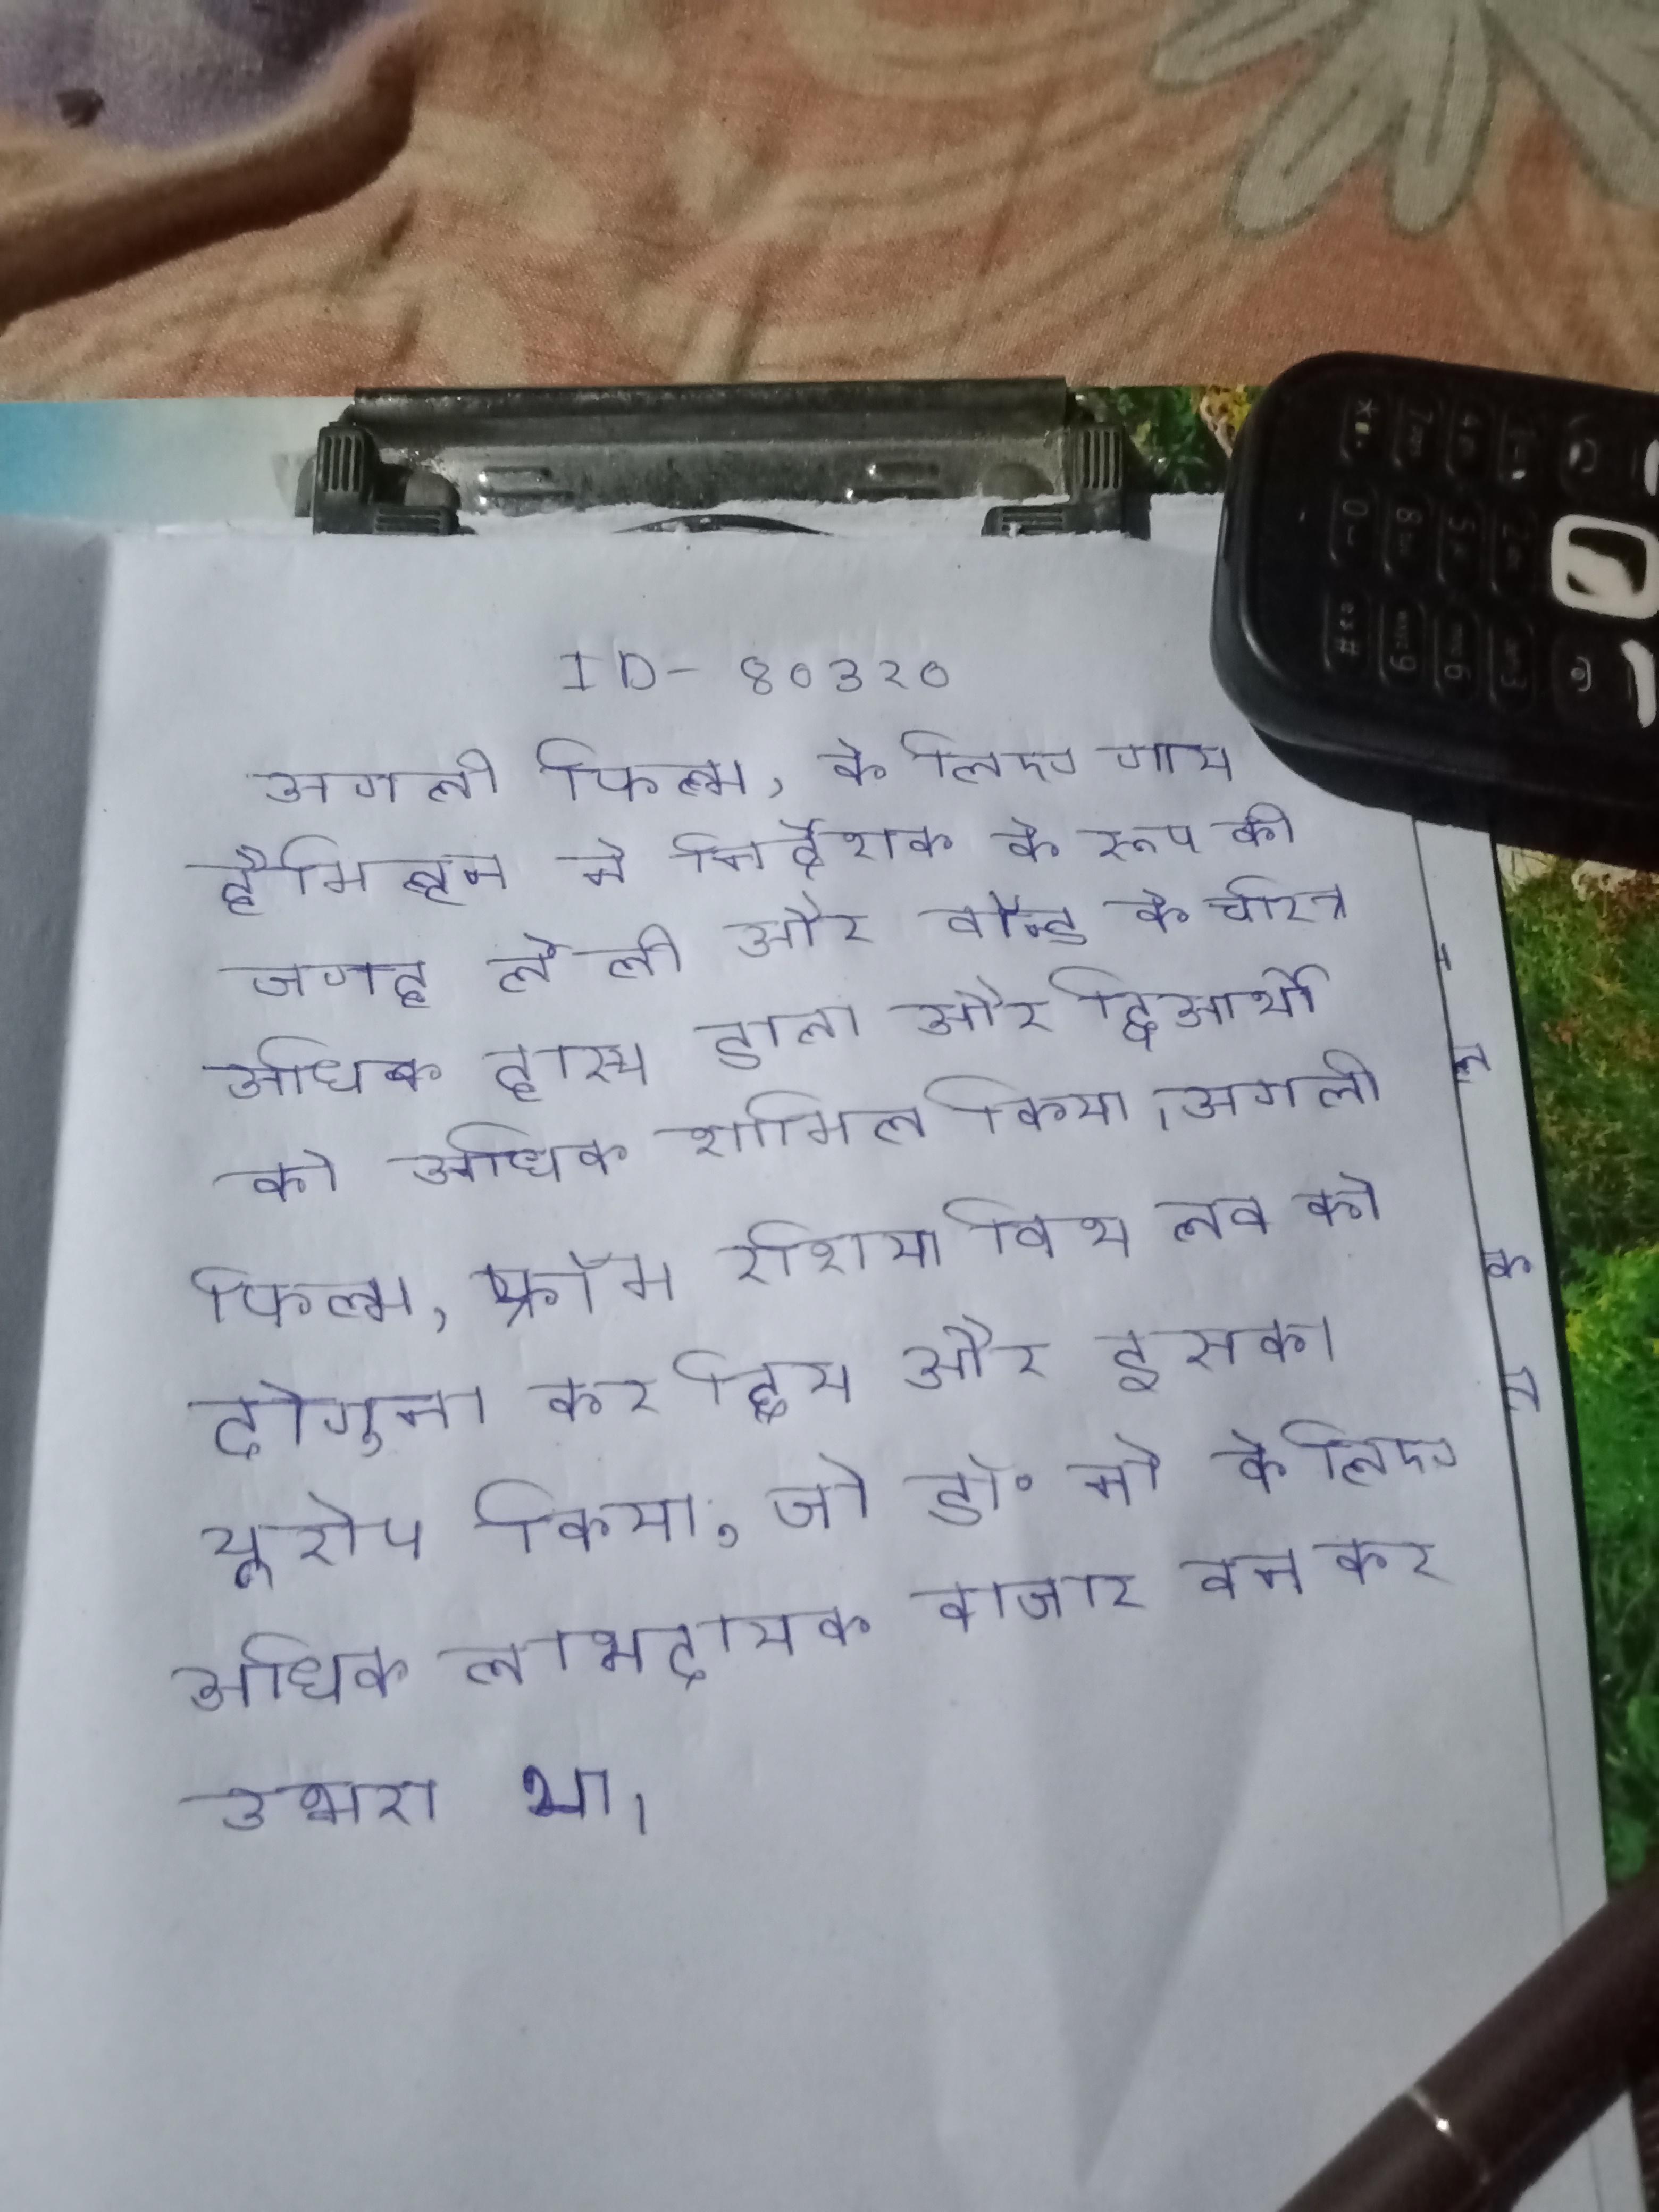
अगली फिल्म, के लिए गाय हैमिल्टन ने निर्देशक के रूप की जगह ले ली और बॉन्ड के चरित्र अधिक हास्य डाला और द्विअर्थी को अधिक शामिल किया । अगली फिल्म है । अगली फिल्म, फ्रॉम रशिया विथ लव के लिए ने बजट को दोगुना कर दिया और इसका यूरोप किया, जो डॉ॰ नो के लिए अधिक लाभदायक बाजार बन कर उभरा था ।